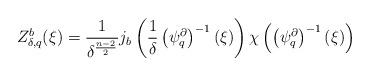
LaTeX: \begin{align*}Z_{\delta,q}^{b}(\xi)=\frac{1}{\delta^{\frac{n-2}{2}}}j_{b}\left(\frac{1}{\delta}\left(\psi_{q}^{\partial}\right)^{-1}(\xi)\right)\chi\left(\left(\psi_{q}^{\partial}\right)^{-1}(\xi)\right)\end{align*}